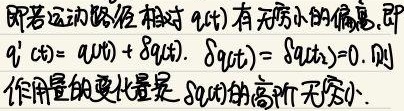
即若运动路径相对 \(q(t)\) 有无限小的偏离，即 \(q_{1}'(t)=q(t)+\delta q(t)\)，\(\delta q(t_{1})=\delta q(t_{2}) = 0\)，则作用量的变化量是 \(\delta q(t)\) 的高阶无穷小。